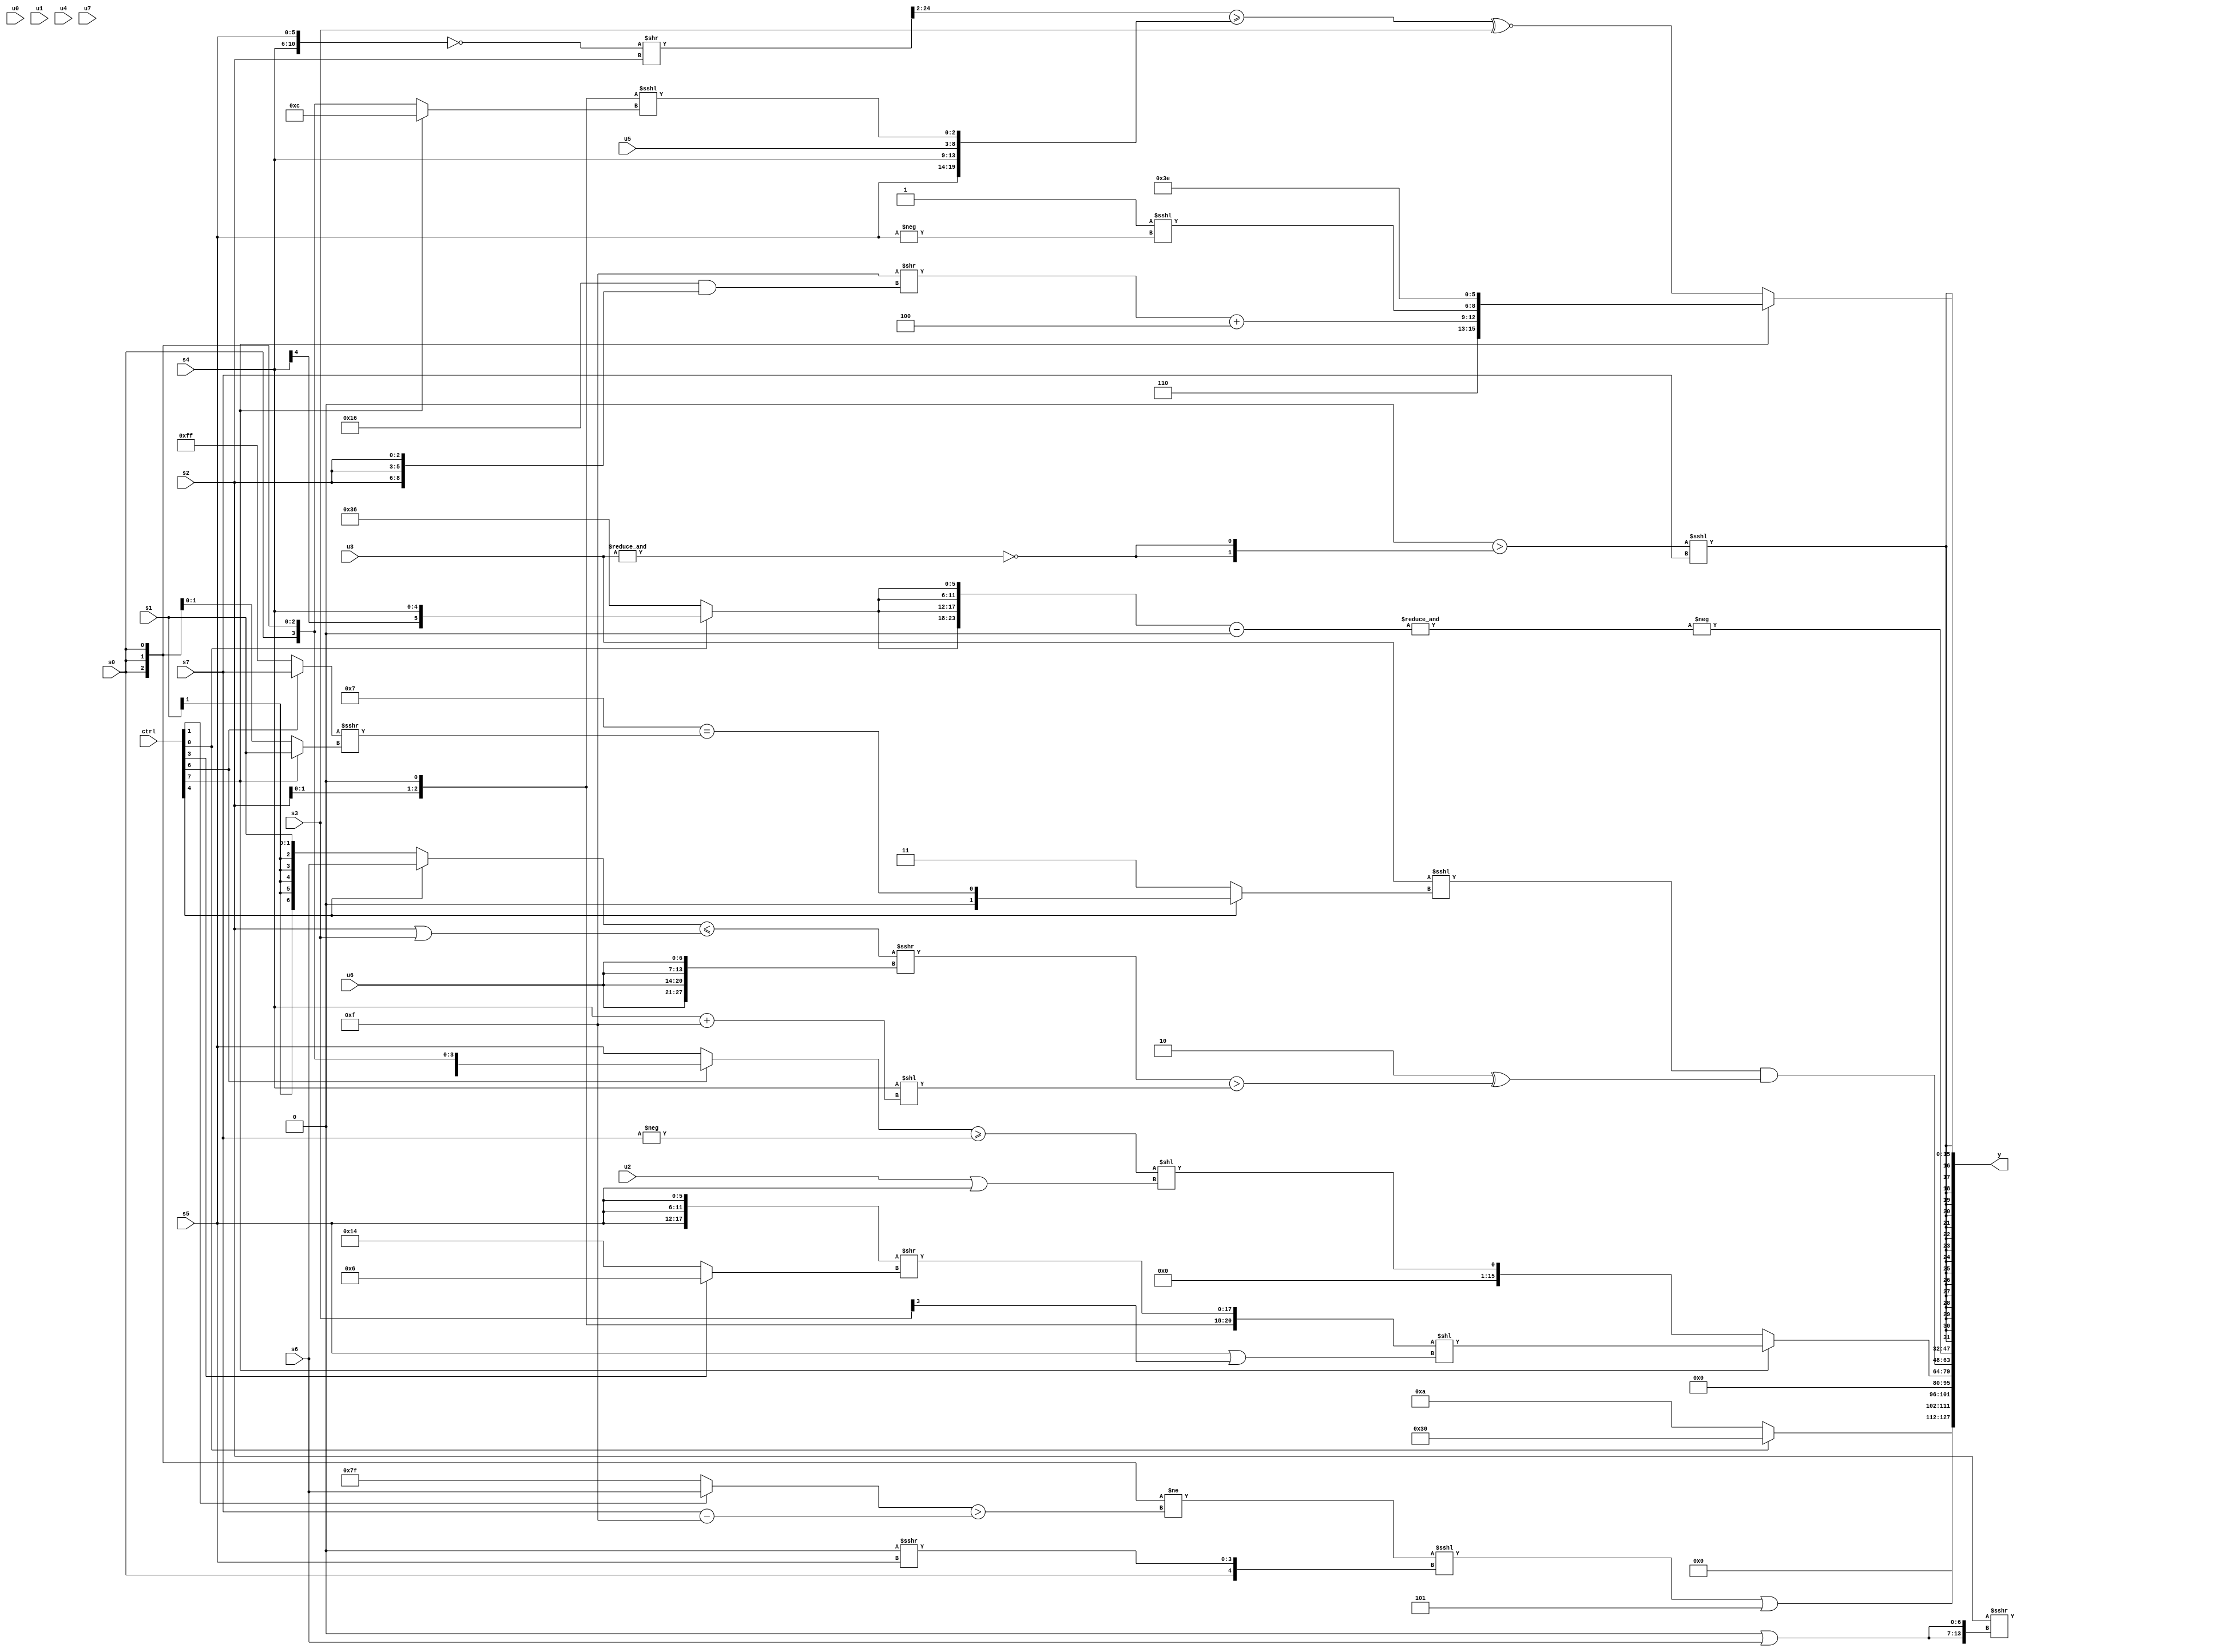
module wideexpr_00741(ctrl, u0, u1, u2, u3, u4, u5, u6, u7, s0, s1, s2, s3, s4, s5, s6, s7, y);
  input [7:0] ctrl;
  input [0:0] u0;
  input [1:0] u1;
  input [2:0] u2;
  input [3:0] u3;
  input [4:0] u4;
  input [5:0] u5;
  input [6:0] u6;
  input [7:0] u7;
  input signed [0:0] s0;
  input signed [1:0] s1;
  input signed [2:0] s2;
  input signed [3:0] s3;
  input signed [4:0] s4;
  input signed [5:0] s5;
  input signed [6:0] s6;
  input signed [7:0] s7;
  output [127:0] y;
  wire [15:0] y0;
  wire [15:0] y1;
  wire [15:0] y2;
  wire [15:0] y3;
  wire [15:0] y4;
  wire [15:0] y5;
  wire [15:0] y6;
  wire [15:0] y7;
  assign y = {y0,y1,y2,y3,y4,y5,y6,y7};
  assign y0 = ((({3{$signed(s0)}})!=(($unsigned((ctrl[1]?s6:+(1'sb1))))>((s7)-($unsigned(4'sb1111)))))<<<({$signed(+(-((2'sb01)>>>(6'sb001110)))),{s0,($unsigned((4'sb0000)>>(4'sb1111)))>>>(s5)}}))|(6'b000101);
  assign y1 = (ctrl[0]?+($unsigned(6'sb110000)):4'sb1010);
  assign y2 = 1'sb0;
  assign y3 = (ctrl[7]?({(s2)>>>({2{(1'sb0)|(s6)}}),{1{s2}},({3{(ctrl[0]?2'b11:5'b00110)}})==(+($signed(4'sb1101))),({3{+(s5)}})>>((ctrl[3]?(4'sb1011)>>(2'sb10):(3'sb000)-(5'sb01100)))})<<((s5)|($signed(((s3)>>>(3'sb100))<<<(1'sb0)))):{1{$signed((((ctrl[6]?s0:s5))>=(-(s7)))<<((+(u2))|($signed(s5))))}});
  assign y4 = ((u3)<<<((ctrl[4]?($signed({1{6'sb000111}}))==(((ctrl[6]?s7:1'sb1))>>>((ctrl[7]?s1:s0))):2'sb11)))&((2'sb10)^(((((ctrl[4]?s6:s1))<=((s2)|(s3)))>>>({4{u6}}))>(($signed(s4))<<(+((s4)+(5'b01111))))));
  assign y5 = -(&(({4{(ctrl[0]?s4:6'sb110110)}})-(({4{s4}})>>(6'b101010))));
  assign y6 = $signed(((!(1'sb1))>({2{~&(u3)}}))<<<(s7));
  assign y7 = (ctrl[7]?{2{{($signed(({2{2'sb11}})>>(((5'b01011)<<<(2'b01))&({3{s2}}))))+(3'sb100),($signed(3'sb111))<<<(-(s5)),-(6'sb000010)}}}:((((~({$signed(s4),$signed(s5)}))>>(s2))>>>(3'sb010))>=($signed($signed({(u3)<<<({5'b11111,1'sb1,1'sb1}),$unsigned({1'sb0,s5,s4,u5}),((s2)<<<(1'b1))<<<((ctrl[7]?4'sb1100:s0))}))))^~(s3));
endmodule